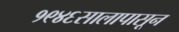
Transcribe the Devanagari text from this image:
१९४६सालापासून